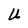
Character: U